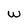
Character: w